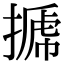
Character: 𢲽